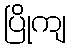
ပြိုကျ